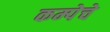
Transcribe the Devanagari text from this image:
कम्पेचे